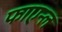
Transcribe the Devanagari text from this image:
फाएन्ल